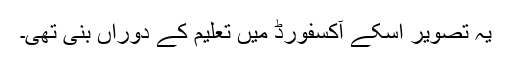
یہ تصویر اسکے آکسفورڈ میں تعلیم کے دوراں بنی تھی۔